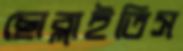
ছোব্‌লাইতিস